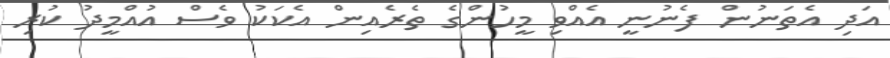
އަދި އެތަނުން ފެނުނީ އެއްވި މީހުންގެ ތެރެއިން އެކަކު ވެސް އުއްމީދު ކުރި